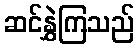
ဆင်နွှဲကြသည်